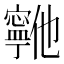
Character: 𫴞